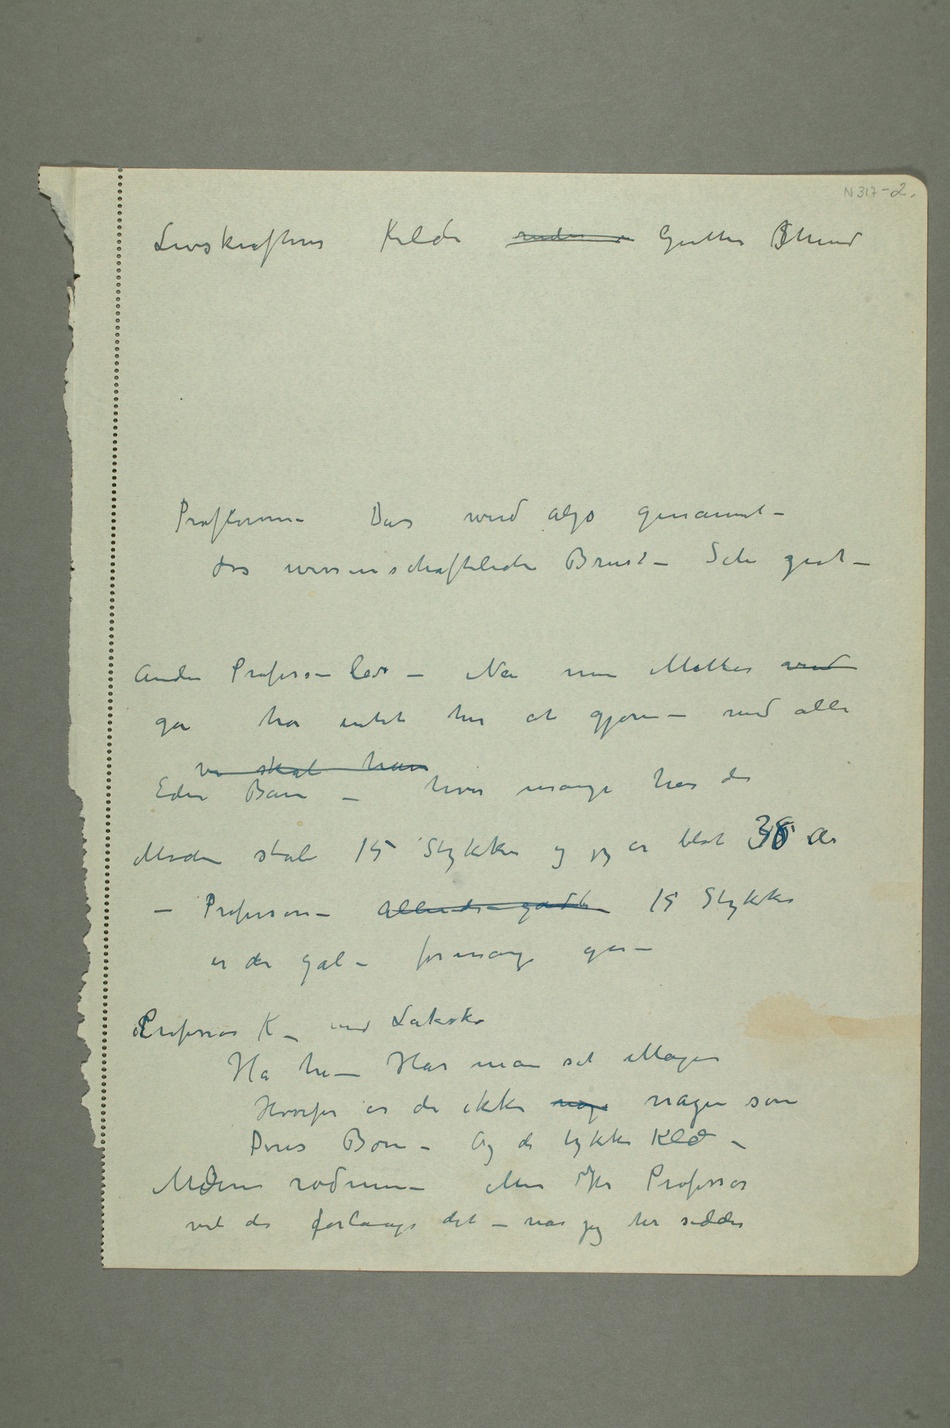
Livskraftens Kilde   Guttens SMund
Professoren – Das wird alzo genannt –
das wissenschaftliche Brust – Sehr gut –
Anden Professor ler – Nei min Mutter ved
gåha intet her at gjøre – med alle
– hvor mange har de
Moderen stråler 15 Stykker og jeg er blot 438 år
– Professoren – Allerede godt 15 Stykker
Professor K – med Laksko
Ha ha – Har man set Magen
Hvorfor er De ikke nøg nagen som
Deres Børn – Og de tykke Klær –
Moderen rødmer – Men Hr Professor
vil De forlange det – når jeg her sidder